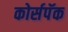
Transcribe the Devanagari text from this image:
कोर्सपॅक